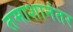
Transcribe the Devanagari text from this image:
तमाशानंतर